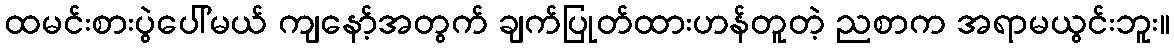
ထမင်းစားပွဲပေါ်မယ် ကျနော့်အတွက် ချက်ပြုတ်ထားဟန်တူတဲ့ ညစာက အရာမယွင်းဘူး။